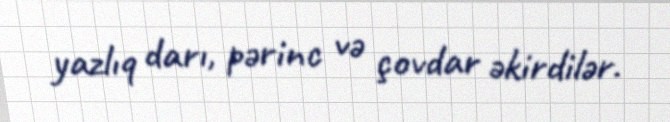
yazlıq darı, pərinc və çovdar əkirdilər.